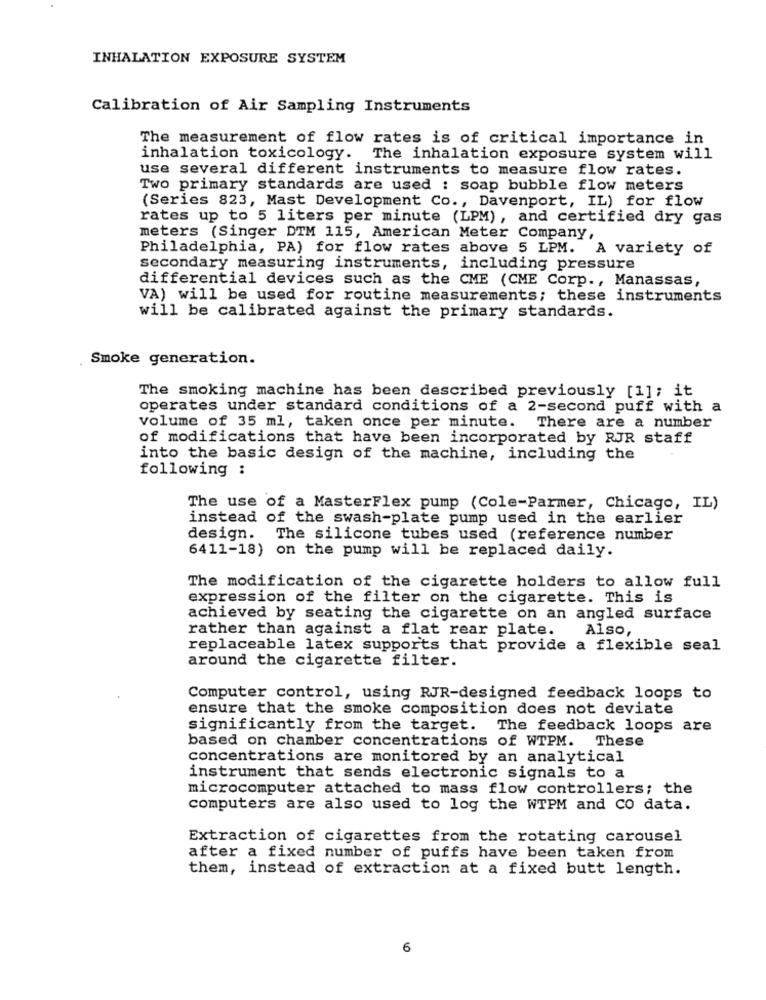
INHALATION EXPOSURE SYSTEM
Calibration of Air Sampling Instruments
The measurement of flow rates is of critical importance in
inhalation toxicology. The inhalation exposure system will
use several different instruments to measure flow rates.
Two primary standards are used : soap bubble flow meters
(Series 823, Mast Development Co ., Davenport, IL) for flow
rates up to 5 liters per minute (LPM), and certified dry gas
meters (Singer DTM 115, American Meter Company,
Philadelphia, PA) for flow rates above 5 LPM. A variety of
secondary measuring instruments, including pressure
differential devices such as the CME (CME Corp ., Manassas,
VA) will be used for routine measurements; these instruments
will be calibrated against the primary standards.
Smoke generation.
The smoking machine has been described previously [1]; it
operates under standard conditions of a 2-second puff with a
volume of 35 ml, taken once per minute. There are a number
of modifications that have been incorporated by RJR staff
into the basic design of the machine, including the
following :
The use of a MasterFlex pump (Cole-Parmer, Chicago, IL)
instead of the swash-plate pump used in the earlier
design. The silicone tubes used (reference number
6411-18) on the pump will be replaced daily.
The modification of the cigarette holders to allow full
expression of the filter on the cigarette. This is
achieved by seating the cigarette on an angled surface
rather than against a flat rear plate.
Also,
replaceable latex supports that provide a flexible seal
around the cigarette filter.
Computer control, using RJR-designed feedback loops to
ensure that the smoke composition does not deviate
significantly from the target. The feedback loops are
based on chamber concentrations of WTPM. These
concentrations are monitored by an analytical
instrument that sends electronic signals to a
microcomputer attached to mass flow controllers; the
computers are also used to log the WTPM and co data.
Extraction of cigarettes from the rotating carousel
after a fixed number of puffs have been taken from
them, instead of extraction at a fixed butt length.
6